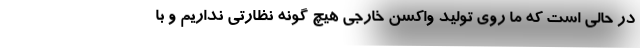
در حالی است که ما روی تولید واکسن خارجی هیچ گونه نظارتی نداریم و با